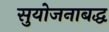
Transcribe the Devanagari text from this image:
सुयोजनाबद्ध